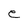
Character: e